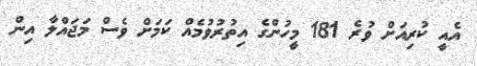
އެއީ ކުރިއަށް ވުރެ 181 މީހުންގެ އިތުރުވުމެއް ކަމަށް ވެސް މަޖައްލާ އިން